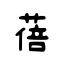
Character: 蓓